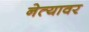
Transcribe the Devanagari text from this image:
नेत्यावर